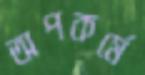
অপকর্মে